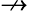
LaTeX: \nrightarrow